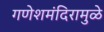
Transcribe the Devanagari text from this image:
गणेशमंदिरामुळे